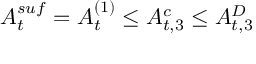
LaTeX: A _ { t } ^ { s u f } = A _ { t } ^ { ( 1 ) } \le A _ { t , 3 } ^ { c } \le A _ { t , 3 } ^ { D }